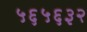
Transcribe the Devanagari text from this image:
५६५६३२